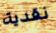
نقدية